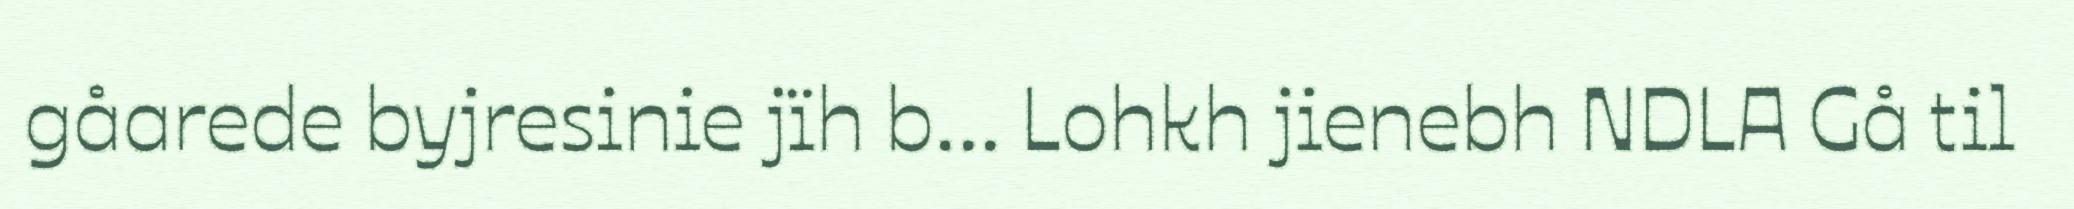
gåarede byjresinie jïh b... Lohkh jienebh NDLA Gå til